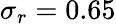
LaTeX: \sigma_{r}=0.65